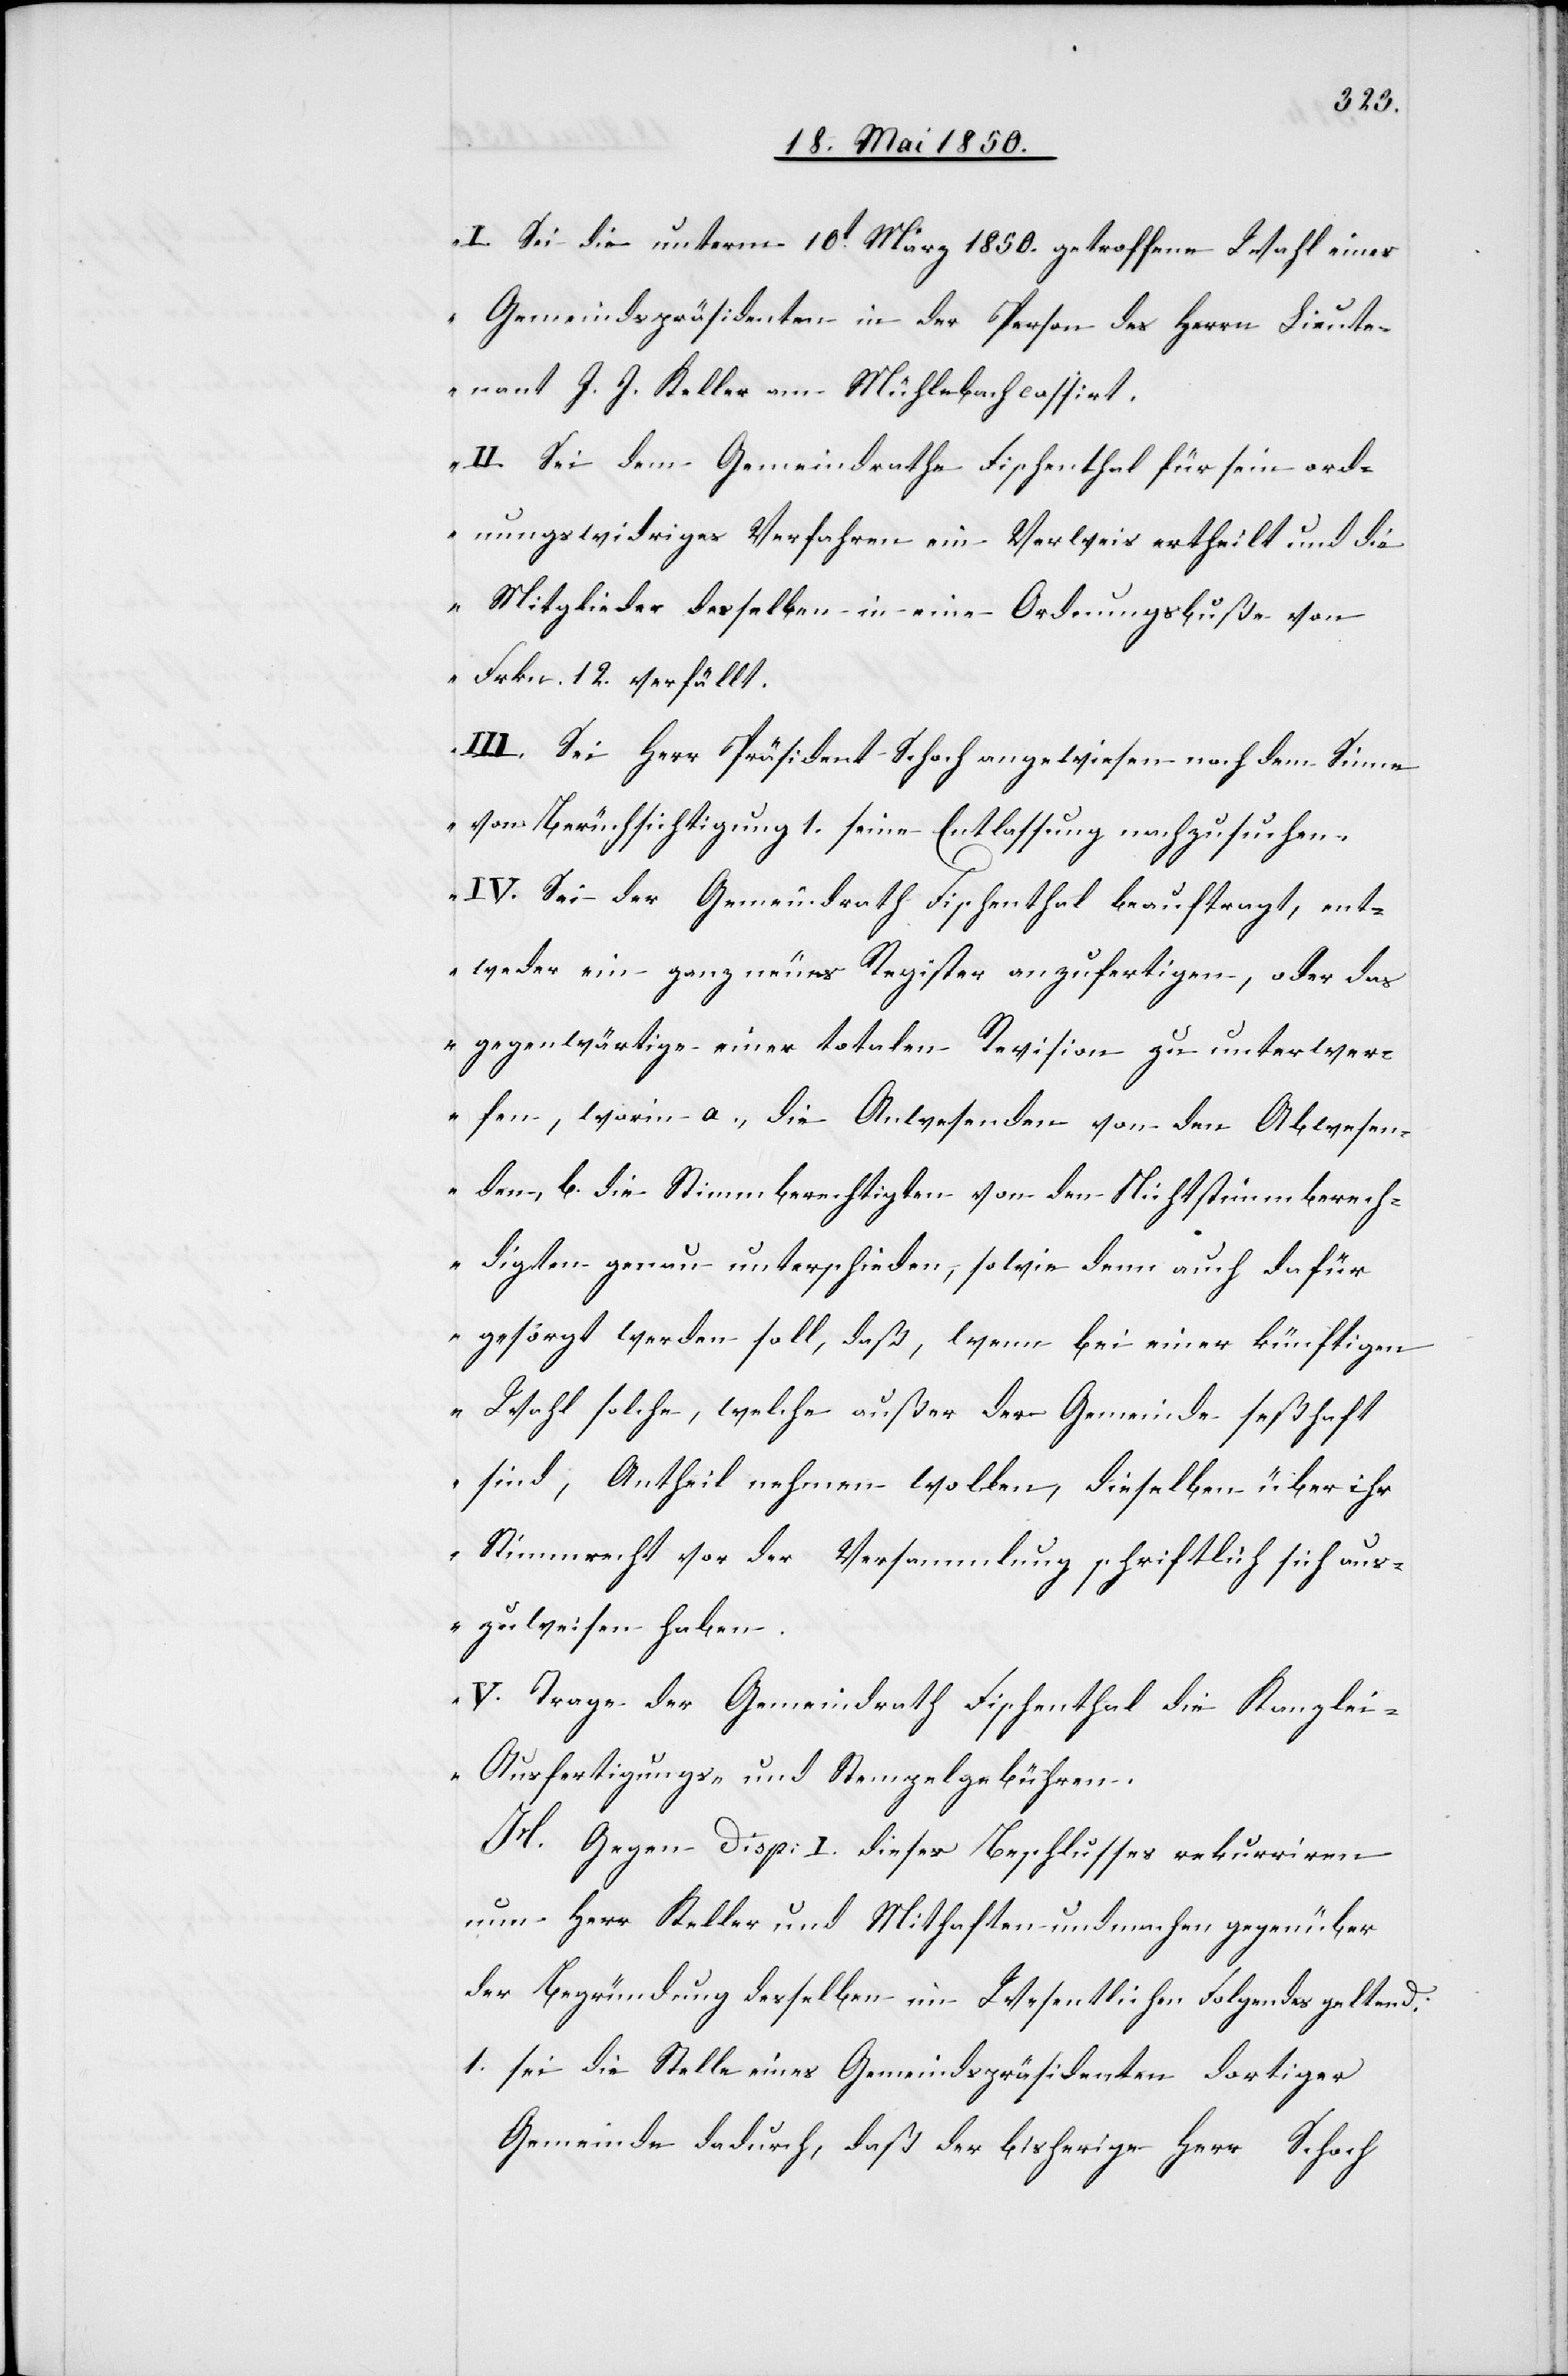
„I. Sei die unterm 10t März 1850. getroffene Wahl eines
Gemeindspräsidenten in der Person des Herrn Lieute¬
nant J. J. Keller am Mühlebach cassirt.
II. Sei dem Gemeindrathe Fischenthal für sein ord¬
nungswidriges Verfahren ein Verweis ertheilt und die
Mitglieder desselben in eine Ordnungsbuße von
Frkn. 12. verfällt.
III. Sei Herr Präsident Schoch angewiesen nach dem Sinne
von Berücksichtigung 1. seine Entlassung nachzusuchen.
IV. Sei der Gemeindrath Fischenthal beauftragt, ent¬
weder ein ganz neues Register anzufertigen, oder das
gegenwärtige einer totalen Revision zu unterwer¬
fen, worin a., die Anwesenden von den Abwesen¬
den, b. die Stimmberechtigten von den Nichtstimmberech¬
digten genau unterschieden, sowie denn auch dafür
gesorgt werden soll, daß, wenn bei einer künftigen
Wahl solche, welche außer der Gemeinde seßhaft
sind, Antheil nehmen wollen, dieselben über ihr
Stimmrecht vor der Versammlung schriftlich sich aus¬
zuweisen haben.
V. Trage der Gemeindrath Fischenthal die Kanzlei-
Ausfertigungs- und Stempelgebühren.[“]
H. Gegen Disp: I. dieses Beschlusses rekurriren
nun Herr Keller und Mithaften und machen gegenüber
der Begründung derselben im Wesentlichen Folgendes geltend:
1. sei die Stelle eines Gemeindspräsidenten dortiger
Gemeinde dadurch, daß der bisherige Herr Schoch